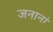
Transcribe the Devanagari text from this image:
जनानां